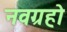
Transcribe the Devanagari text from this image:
नवग्रहो